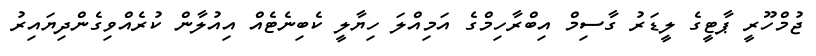
ޖުމްހޫރީ ޕާޓީގެ ލީޑަރު ގާސިމް އިބްރާހިމްގެ އަމިއްލަ ހިޔާލީ ކެބިނެޓެއް އިއުލާން ކުރެއްވިގެންދިޔައިރު